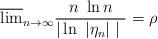
LaTeX: \begin{align*} \overline{\lim}_{n \to \infty} \frac{n \ \ln n}{|\ln \ |\eta_n| \ | \ } = \rho\end{align*}